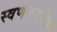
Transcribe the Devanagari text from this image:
स्वर्णकालिक